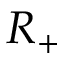
R _ { + }